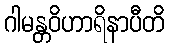
ဂါမန္တဝိဟာရိနာပီတိ